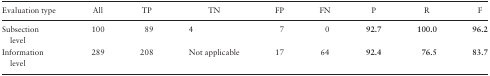
<table><thead><tr><td><b>Evaluation type</b></td><td><b>All</b></td><td><b>TP</b></td><td><b>TN</b></td><td><b>FP</b></td><td><b>FN</b></td><td><b>P</b></td><td><b>R</b></td><td><b>F</b></td></tr></thead><tbody><tr><td>Subsection level</td><td>100</td><td>89</td><td>4</td><td>7</td><td>0</td><td><b>92.7</b></td><td><b>100.0</b></td><td><b>96.2</b></td></tr><tr><td>Information level</td><td>289</td><td>208</td><td>Not applicable</td><td>17</td><td>64</td><td><b>92.4</b></td><td><b>76.5</b></td><td><b>83.7</b></td></tr></tbody></table>